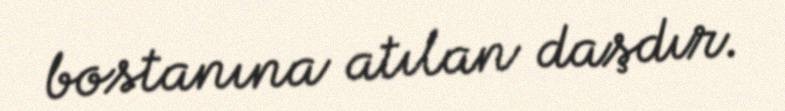
bostanına atılan daşdır.